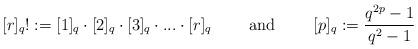
LaTeX: \begin{align*}[r]_q! := [1]_q \cdot [2]_q \cdot [3]_q \cdot . . . \cdot [r]_q \mbox{ \qquad and \qquad }[p]_q := \frac{q^{2p} - 1}{q^{2} - 1}\end{align*}